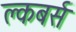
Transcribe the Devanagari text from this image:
क्लबर्स